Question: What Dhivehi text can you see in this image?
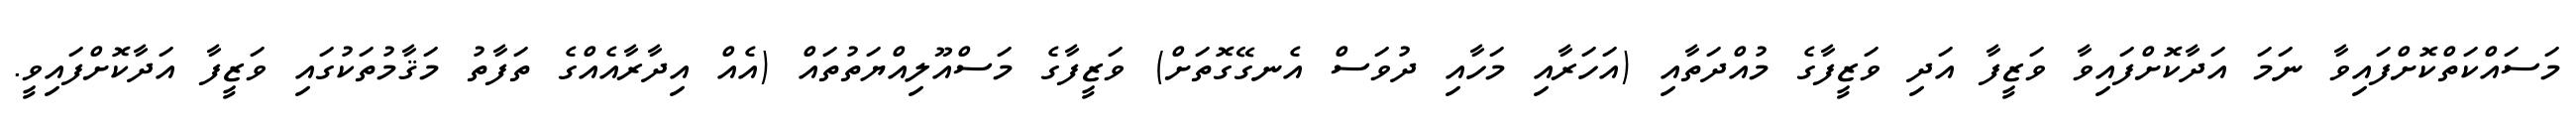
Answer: މަސައްކަތްކޮށްފައިވާ ނަމަ އަދާކޮށްފައިވާ ވަޒީފާ އަދި ވަޒީފާގެ މުއްދަތާއި (އަހަރާއި މަހާއި ދުވަސް އެނގޭގޮތަށް) ވަޒީފާގެ މަސްއޫލިއްޔަތުތައް (އެއް އިދާރާއެއްގެ ތަފާތު މަޤާމުތަކުގައި ވަޒީފާ އަދާކޮށްފައިވީ.